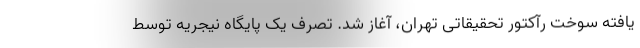
یافته سوخت رآکتور تحقیقاتی تهران، آغاز شد. تصرف یک پایگاه نیجریه توسط